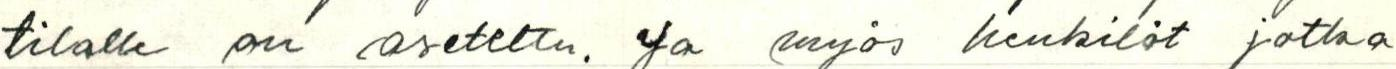
tilalle on aseteltu. Ja myös henkilöt jotka